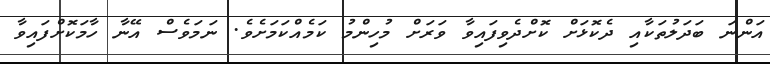
އަންނަ ބަދަލުތަކާއި ދެކޮޅަށް ކޮށްދެވިފައިވާ ވަރަށް މުހިންމު ކަމެއްކަމަށެވެ. ނަމަވެސް އޭނާ ހާމަކޮށްފައިވާ